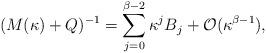
LaTeX: \begin{align*}(M(\kappa)+Q)^{-1}=\sum_{j=0}^{\beta-2}\kappa^jB_j+\mathcal{O}(\kappa^{\beta-1}),\end{align*}